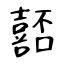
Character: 嚭